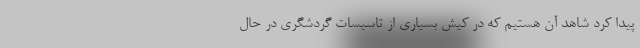
پیدا کرد شاهد آن هستیم که در کیش بسیاری از تاسیسات گردشگری در حال